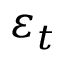
\varepsilon _ { t }